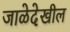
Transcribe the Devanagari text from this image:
जाळेदेखील